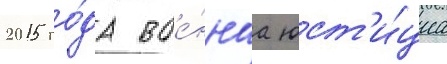
2015 го́да вое́ннаа юст'и́циа